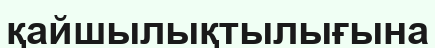
қайшылықтылығына